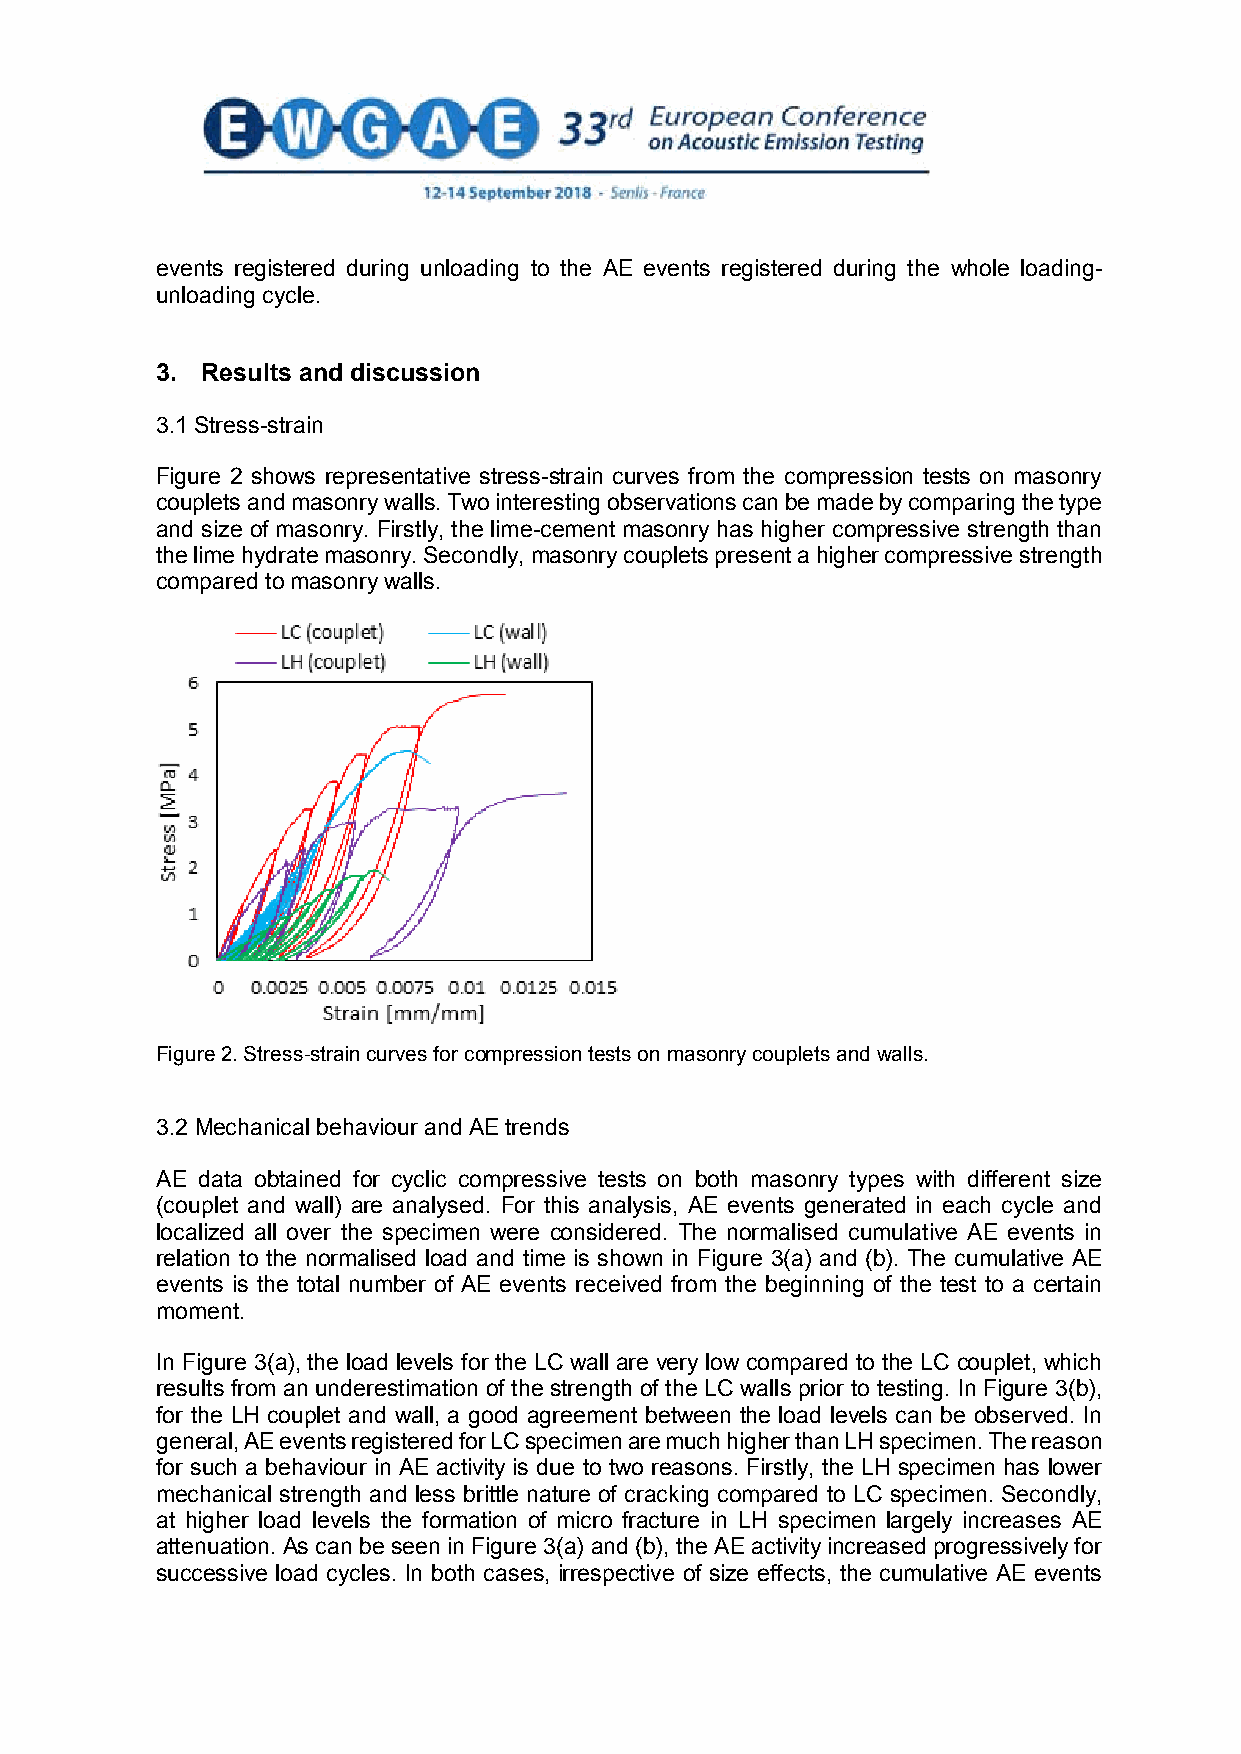
events registered during unloading to the AE events registered during the whole loading-
 unloading cycle.
 3. Results and discussion
 3.1 Stress-strain
 Figure 2 shows representative stress-strain curves from the compression tests on masonry
 couplets and masonry walls. Two interesting observations can be made by comparing the type
 and size of masonry. Firstly, the lime-cement masonry has higher compressive strength than
 the lime hydrate masonry. Secondly, masonry couplets present a higher compressive strength
 compared to masonry walls.
 Figure 2. Stress-strain curves for compression tests on masonry couplets and walls.
 3.2 Mechanical behaviour and AE trends
 AE data obtained for cyclic compressive tests on both masonry types with different size
 (couplet and wall) are analysed. For this analysis, AE events generated in each cycle and
 localized all over the specimen were considered. The normalised cumulative AE events in
 relation to the normalised load and time is shown in Figure 3(a) and (b). The cumulative AE
 events is the total number of AE events received from the beginning of the test to a certain
 moment.
 In Figure 3(a), the load levels for the LC wall are very low compared to the LC couplet, which
 results from an underestimation of the strength of the LC walls prior to testing. In Figure 3(b),
 for the LH couplet and wall, a good agreement between the load levels can be observed. In
 general, AE events registered for LC specimen are much higher than LH specimen. The reason
 for such a behaviour in AE activity is due to two reasons. Firstly, the LH specimen has lower
 mechanical strength and less brittle nature of cracking compared to LC specimen. Secondly,
 at higher load levels the formation of micro fracture in LH specimen largely increases AE
 attenuation. As can be seen in Figure 3(a) and (b), the AE activity increased progressively for
 successive load cycles. In both cases, irrespective of size effects, the cumulative AE events
 4